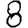
Digit: 8